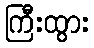
ကြီးထွား